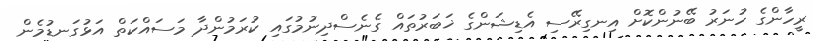
ރީހާންގެ ހުނަރު ބޭނުންކޮށް އިނގިރޭސި އެޑިޝަންގެ ޚަބަރުތައް ގެނެސްދިނުމުގައި ކުރަމުންދާ މަސައްކަތް އަޅުގަނޑުމެން